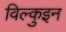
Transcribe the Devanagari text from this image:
विल्कुइन